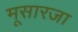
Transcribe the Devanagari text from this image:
मूसारजा